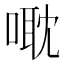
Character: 𠹆